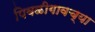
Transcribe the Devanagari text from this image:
पिवळीगावच्या